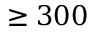
\ge 3 0 0